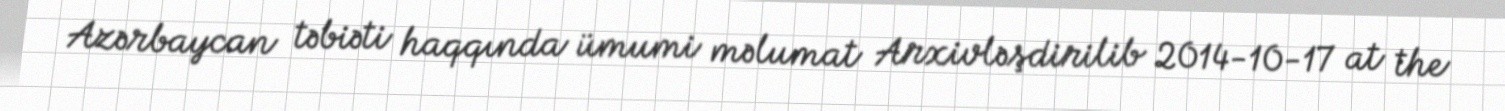
Azərbaycan təbiəti haqqında ümumi məlumat Arxivləşdirilib 2014-10-17 at the